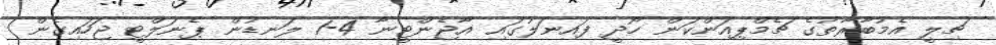
ޗިލީ އެމުބާރާތުގެ ޗެމްޕިއަންކަން ހޯދީ ފައިނަލުގައި އާޖެންޓީނާ 4-1 ލަނޑުން ޕެނަލްޓީ ޖަހައިގެން